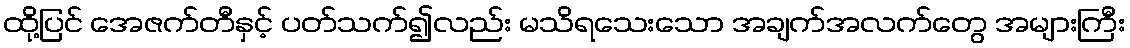
ထို့ပြင် အေဇက်တီနှင့် ပတ်သက်၍လည်း မသိရသေးသော အချက်အလက်တွေ အများကြီး